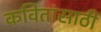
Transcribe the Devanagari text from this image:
कवितांसाठी